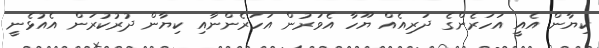
ކިޔާން އެއީ އަހަރެންގެ ދަރިއެއް ޔޫހާ އެވަރުން އަހަރެންނާއި ކިޔާން ދުރުކުރަން އެއުޅެނީ